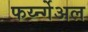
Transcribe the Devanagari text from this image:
फर्य्न्गेअल